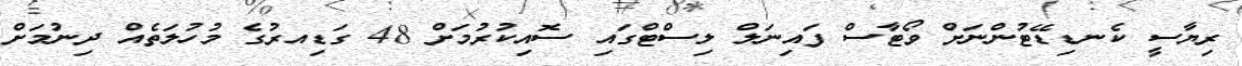
ރިޔާސީ ކެނޑިޑޭޓުންނަށް ވޯޓާސް ފައިނަލް ލިސްޓްގައި ސޮއިކުރުމަށް 48 ގަޑިއރުގެ މުހުލަތެއް ދިނުމަށް